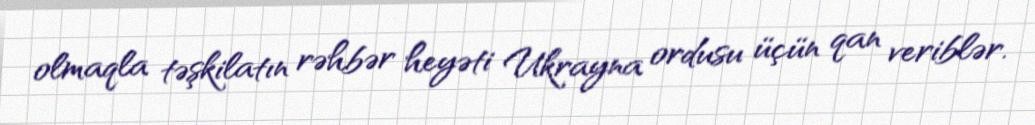
olmaqla təşkilatın rəhbər heyəti Ukrayna ordusu üçün qan veriblər.